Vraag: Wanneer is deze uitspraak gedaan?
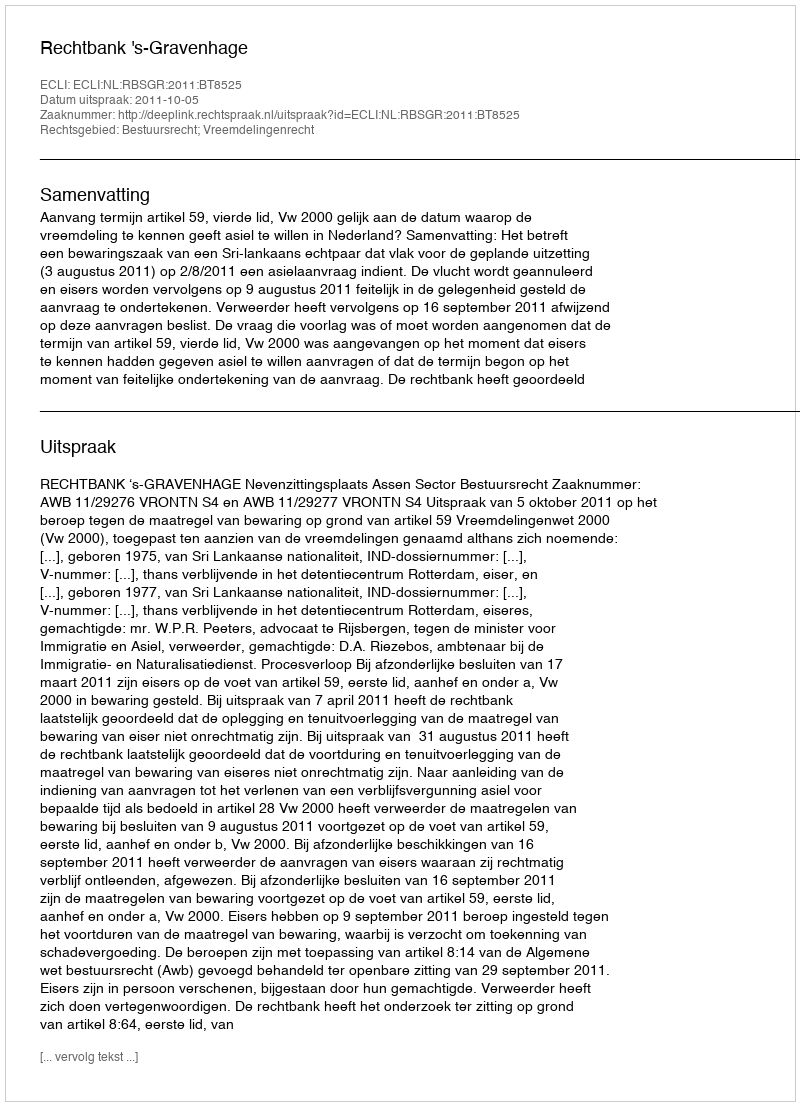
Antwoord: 2011-10-05